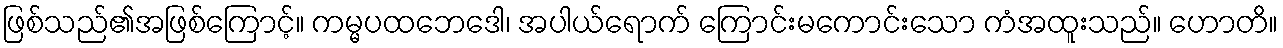
ဖြစ်သည်၏အဖြစ်ကြောင့်။ ကမ္မပထဘေဒေါ၊ အပါယ်ရောက် ကြောင်းမကောင်းသော ကံအထူးသည်။ ဟောတိ။